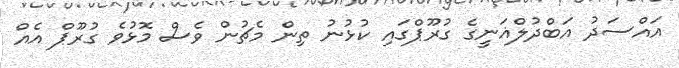
އައްސަދު އަބްދުލްޣަނީގެ ގުރޫޕްގައި ކުޅުނު ތިން މެޗުން ވެސް މޮޅުވެ ގުރޫޕް އެއް